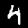
Digit: 4